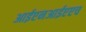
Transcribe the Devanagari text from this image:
आईएनआईएएच